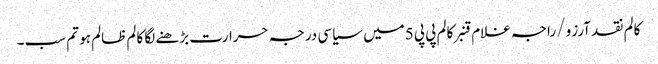
کالم	نقد آرزو/ راجہ غلام قنبر	کالم	پی پی 5میں سیاسی درجہ حرارت بڑھنے لگا	کالم	ظالم ہو تم سب۔